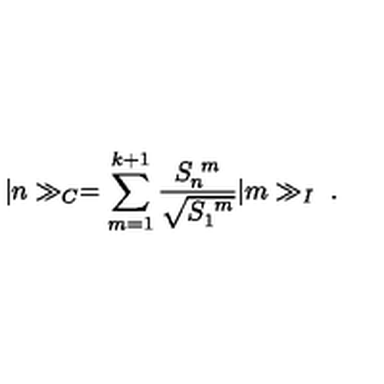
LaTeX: \vert n \gg _ { C } = \sum _ { m = 1 } ^ { k + 1 } \frac { S _ { n } ^ { \ m } } { \sqrt { S _ { 1 } ^ { \ m } } } \vert m \gg _ { I } \ .